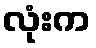
လုံးက